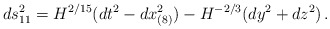
\begin{align*}ds^2_{11} = H^{2/15} (dt^2 - dx^2_{(8)}) - H^{-2/3} (dy^2 + dz^2)\, .\end{align*}